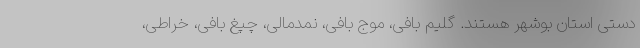
دستی استان بوشهر هستند. گلیم بافی، موج بافی، نمدمالی، چپغ بافی، خراطی،